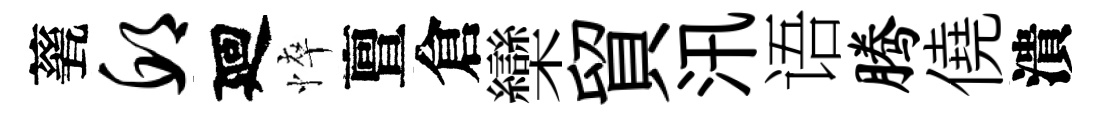
甆邱廻悴亶倉欒貿汛语腾僥潰